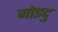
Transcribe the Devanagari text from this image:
मोइदु